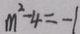
m ^ { 2 } - 4 = - 1